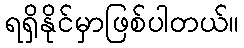
ရရှိနိုင်မှာဖြစ်ပါတယ်။